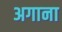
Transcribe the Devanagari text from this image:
अगाना